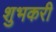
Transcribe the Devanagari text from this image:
शुभकरी